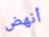
أنهض